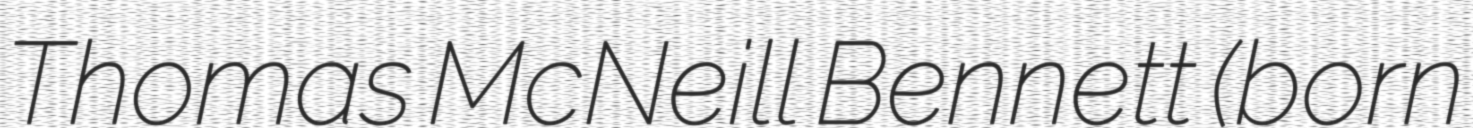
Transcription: Thomas McNeill Bennett (born